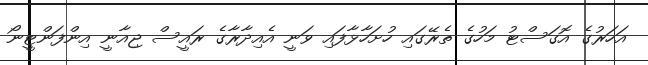
އަހަރުގެ އޮގަސްޓު މަހުގެ ތެރޭގައި ހުށަހާޅާފައި ވަނީ އެއިދާރާގެ ރައީސް ޖިއާނީ އިންފަންޓީނޯ